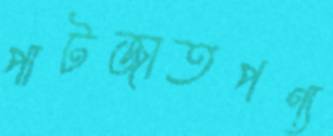
পাটজাতপণ্য